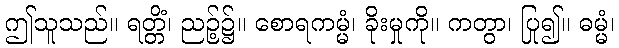
ဤသူသည်။ ရတ္တိံ၊ ညဉ့်၌။ စောရကမ္မံ၊ ခိုးမှုကို။ ကတွာ၊ ပြု၍။ ဓမ္မံ၊